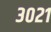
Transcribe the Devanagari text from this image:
३०२१